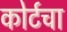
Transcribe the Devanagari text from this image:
कोर्टचा